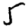
Digit: 5